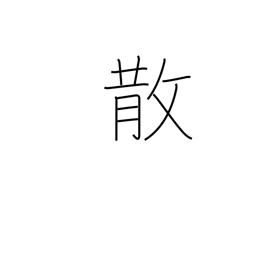
Meaning: scatter